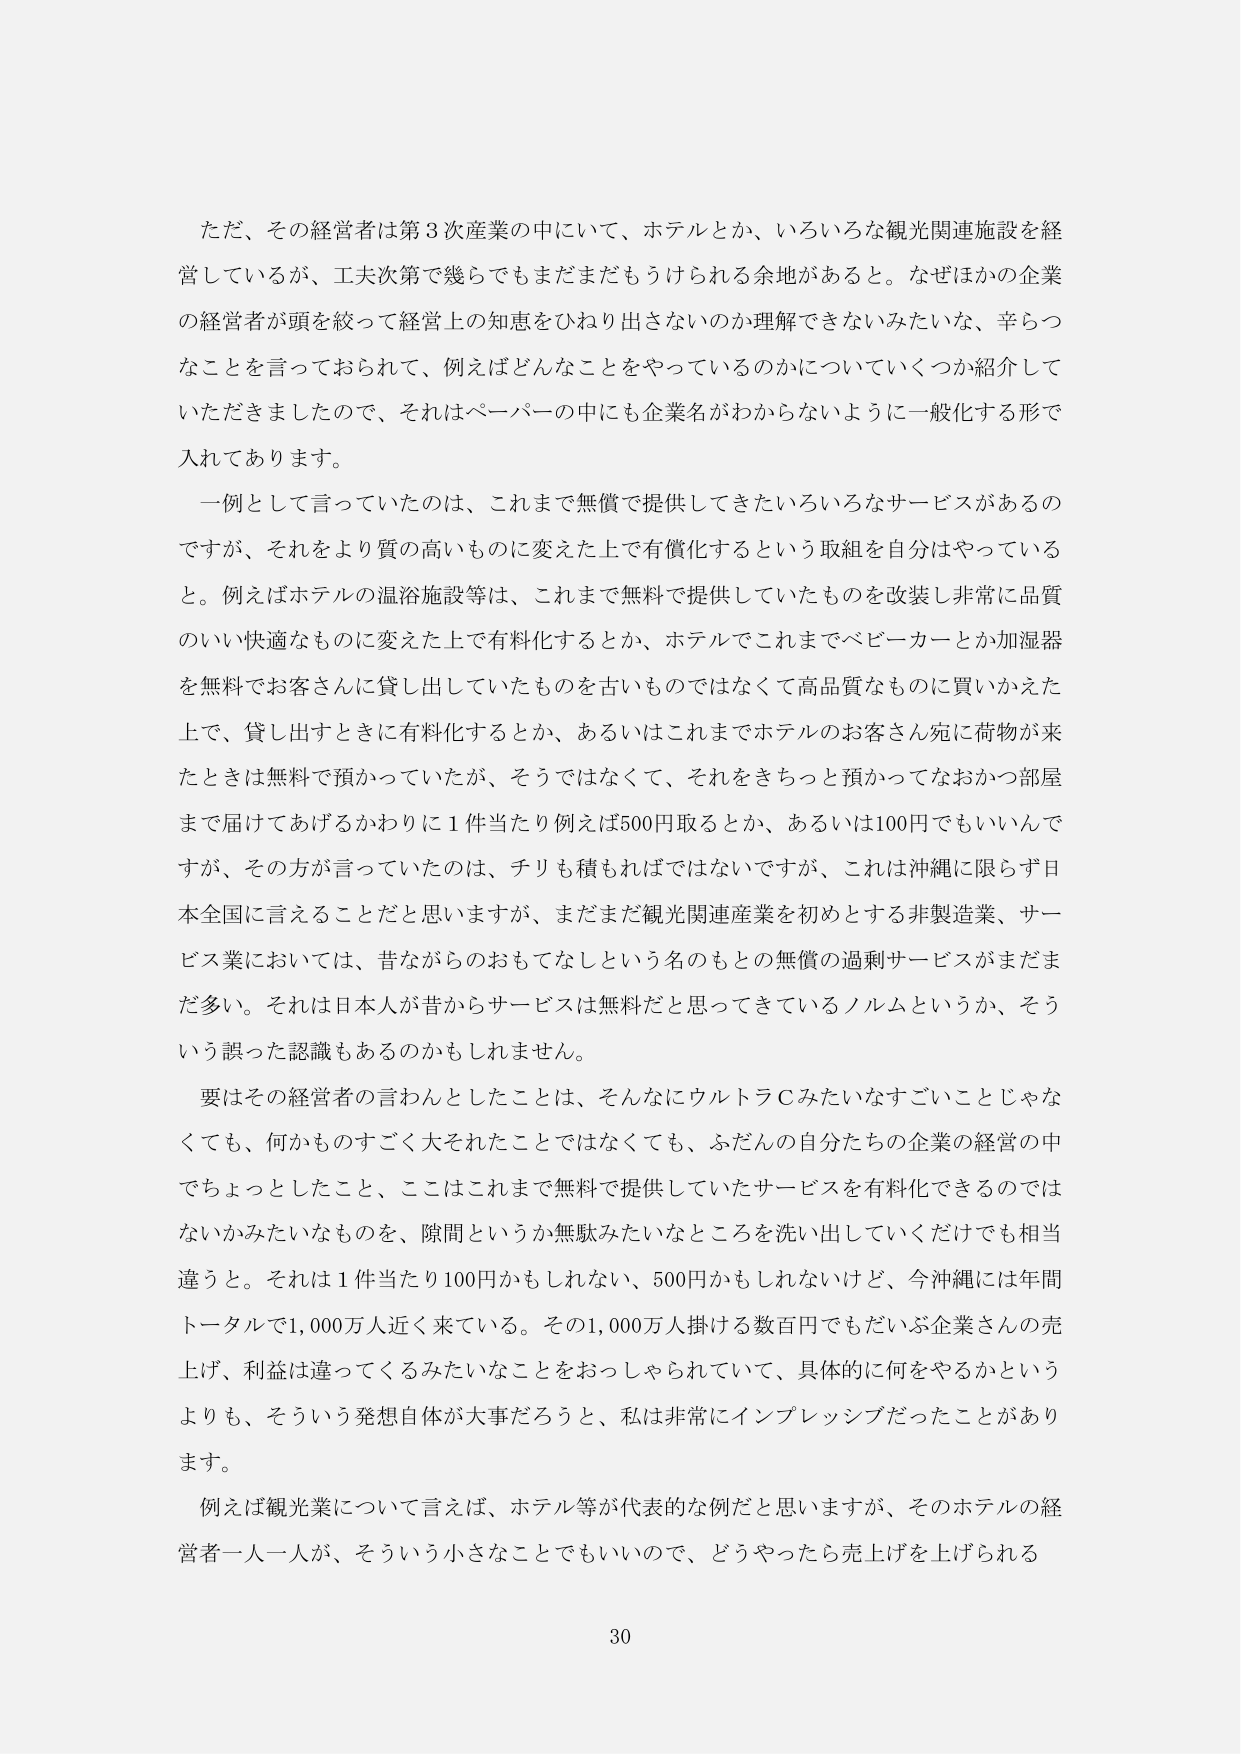
ただ、その経営者は第3次産業の中において、ホテルとか、いろいろな観光関連施設を経営しているが、工夫次第で幾らでもまだまだもうけられる余地があると。なぜほかの企業の経営者が頭を絞って経営上の知恵をひねり出さないのか理解できないみたいな、辛らつなことを言っておられて、例えばどんなことをやっているのかについていくつか紹介していただきましたので、それはペーパーの中にも企業名がわからないように一般化する形で入れてあります。

一例として言っていたのは、これまで無償で提供してきたいろいろなサービスがあるのですが、それをより質の高いものに変えた上で有償化するという取組を自分はやっていると。例えばホテルの温浴施設等は、これまで無料で提供していたものを改装し非常に品質のいい快適なものに変えた上で有料化するとか、ホテルでこれまでベビーカーとか加湿器を無料でお客さんに貸し出していたものを古いものではなくて高品質なものに買いかえた上で、貸し出すときに有料化するとか、あるいはこれまでホテルのお客さん宛に荷物が来たときは無料で預かっていたが、そうではなくて、それをきちっと預かってなおかつ部屋まで届けてあげるかわりに1件当たり例えば500円取るとか、あるいは100円でもいいんですが、その方が言っていたのは、チリも積もればではないですが、これは沖縄に限らず日本全国に言えることだと思いますが、まだまだ観光関連産業を初めとする非製造業、サービス業においては、昔ながらのおもてなしという名のもとの無償の過剰サービスがまだまだ多い。それは日本人が昔からサービスは無料だと思ってきているノルムというか、そういう誤った認識もあるのかもしれません。

要はその経営者の言わんとしたことは、そんなにウルトラＣみたいなすごいことじゃなくても、何かものすごく大それたことではなくても、ふだんの自分たちの企業の経営の中でちょっとしたこと、ここはこれまで無料で提供していたサービスを有料化できるのではないかみたいなものを、隙間というか無駄みたいなところを洗い出していきだけでも相当違うと。それは1件当たり100円かもしれない、500円かもしれないけど、今沖縄には年間トータルで1,000万人近く来ている。その1,000万人掛ける数百円でもだいぶ企業さんの売上げ、利益は違ってくみたいなことをおっしゃられていて、具体的に何をやるかというよりも、そういう発想自体が大事だろうと、私は非常にインプレッションだったことがあります。

例えば観光業について言えば、ホテル等が代表的な例だと思いますが、そのホテルの経営者一人一人が、そういう小さなことでもいいので、どうやったら売上げを上げられる

30